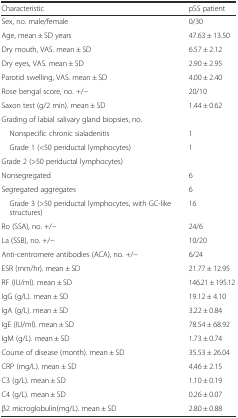
<table><thead><tr><td><b>Characteristic</b></td><td><b>pSS patient</b></td></tr></thead><tbody><tr><td>Sex, no. male/female</td><td>0/30</td></tr><tr><td>Age, mean ± SD years</td><td>47.63 ± 13.50</td></tr><tr><td>Dry mouth, VAS. mean ± SD</td><td>6.57 ± 2.12</td></tr><tr><td>Dry eyes, VAS. mean ± SD</td><td>2.90 ± 2.95</td></tr><tr><td>Parotid swelling, VAS. mean ± SD</td><td>4.00 ± 2.40</td></tr><tr><td>Rose bengal score, no. +/−</td><td>20/10</td></tr><tr><td>Saxon test (g/2 min). mean ± SD</td><td>1.44 ± 0.62</td></tr><tr><td colspan="2">Grading of labial salivary gland biopsies, no.</td></tr><tr><td> Nonspecific chronic sialadenitis</td><td>1</td></tr><tr><td> Grade 1 (&lt;50 periductal lymphocytes)</td><td>1</td></tr><tr><td colspan="2">Grade 2 (&gt;50 periductal lymphocytes)</td></tr><tr><td>Nonsegregated</td><td>6</td></tr><tr><td>Segregated aggregates</td><td>6</td></tr><tr><td> Grade 3 (&gt;50 periductal lymphocytes, with GC-like structures)</td><td>16</td></tr><tr><td>Ro (SSA), no. +/−</td><td>24/6</td></tr><tr><td>La (SSB), no. +/−</td><td>10/20</td></tr><tr><td>Anti-centromere antibodies (ACA), no. +/−</td><td>6/24</td></tr><tr><td>ESR (mm/hr). mean ± SD</td><td>21.77 ± 12.95</td></tr><tr><td>RF (IU/ml). mean ± SD</td><td>146.21 ± 195.12</td></tr><tr><td>IgG (g/L). mean ± SD</td><td>19.12 ± 4.10</td></tr><tr><td>IgA (g/L). mean ± SD</td><td>3.22 ± 0.84</td></tr><tr><td>IgE (IU/ml). mean ± SD</td><td>78.54 ± 68.92</td></tr><tr><td>IgM (g/L). mean ± SD</td><td>1.73 ± 0.74</td></tr><tr><td>Course of disease (month). mean ± SD</td><td>35.53 ± 26.04</td></tr><tr><td>CRP (mg/L). mean ± SD</td><td>4.46 ± 2.15</td></tr><tr><td>C3 (g/L). mean ± SD</td><td>1.10 ± 0.19</td></tr><tr><td>C4 (g/L). mean ± SD</td><td>0.26 ± 0.07</td></tr><tr><td>β2 microglobulin(mg/L). mean ± SD</td><td>2.80 ± 0.88</td></tr></tbody></table>